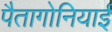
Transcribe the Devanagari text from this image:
पैतागोनियाई